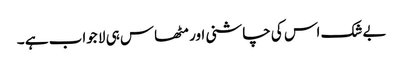
بےشک اس کی چاشنی اور مٹھاس ہی لا جواب ہے ۔